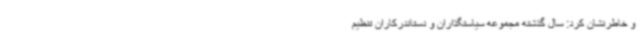
و خاطرنشان کرد: سال گذشته مجموعه سیاستگذاران و دستاندرکاران تنظیم